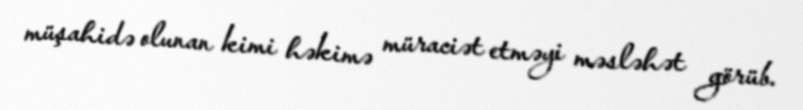
müşahidə olunan kimi həkimə müraciət etməyi məsləhət görüb.